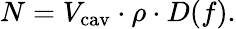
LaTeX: N=V_{\textrm{cav}}\cdot\rho\cdot D(f).